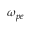
\omega _ { p e }